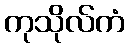
ကုသိုလ်ကံ